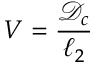
V = \frac { { \mathcal { D } } _ { c } } { \ell _ { 2 } }